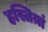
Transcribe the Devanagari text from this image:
हस्तिय़ां